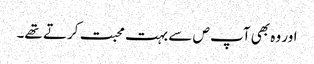
اور وہ بھی آپ ص سے بہت محبت کرتے تھے۔